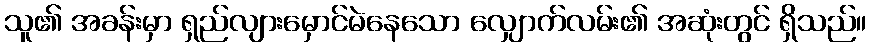
သူ၏ အခန်းမှာ ရှည်လျားမှောင်မဲနေသော လျှောက်လမ်း၏ အဆုံးတွင် ရှိသည်။